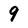
Character: 9